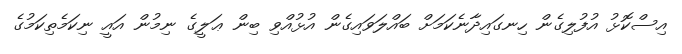
އިސްކޮޅު އުފުލިގެން ހިނގައިދާނެކަމަށް ބައްލަވައިގެން އުޅުއްވި ބިން ޢަލީގެ ނިމުން އައީ ނިކަމެތިކަމުގެ